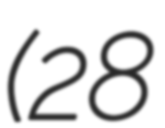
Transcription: (28